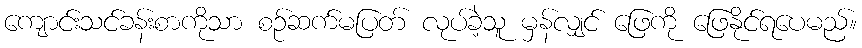
ကျောင်းသင်ခန်းစာကိုသာ စဉ်ဆက်မပြတ် လုပ်ခဲ့သူ မှန်လျှင် ဖြေကို ဖြေနိုင်ရပေမည်။